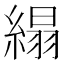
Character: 䌈